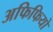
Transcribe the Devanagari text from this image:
अफिफियो